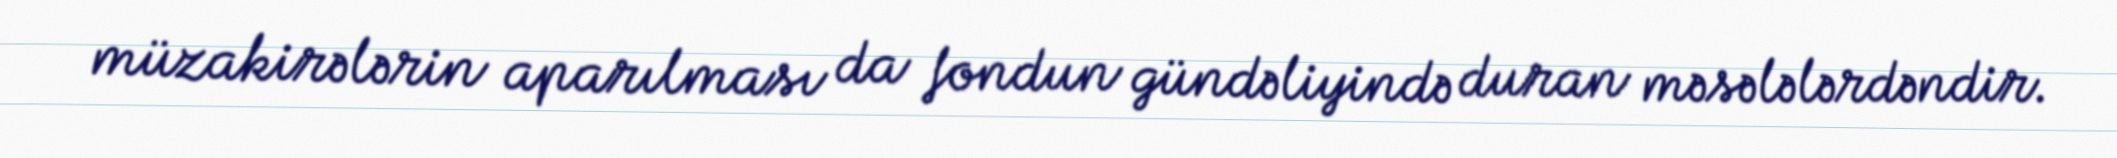
müzakirələrin aparılması da fondun gündəliyində duran məsələlərdəndir.